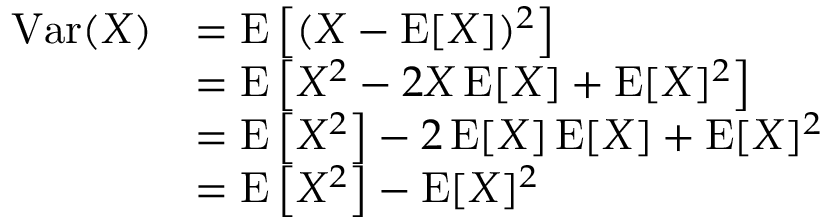
{ \begin{array} { r l } { \operatorname { V a r } ( X ) } & { = \operatorname { E } \left[ ( X - \operatorname { E } [ X ] ) ^ { 2 } \right] } \\ & { = \operatorname { E } \left[ X ^ { 2 } - 2 X \operatorname { E } [ X ] + \operatorname { E } [ X ] ^ { 2 } \right] } \\ & { = \operatorname { E } \left[ X ^ { 2 } \right] - 2 \operatorname { E } [ X ] \operatorname { E } [ X ] + \operatorname { E } [ X ] ^ { 2 } } \\ & { = \operatorname { E } \left[ X ^ { 2 } \right] - \operatorname { E } [ X ] ^ { 2 } } \end{array} }